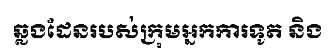
ឆ្លងដែនរបស់ក្រុមអ្នកការទូត និង